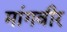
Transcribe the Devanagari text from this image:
मांगवीर